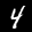
Label: 4